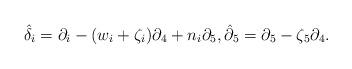
LaTeX: \begin{align*}\hat{{\delta }}_{i}=\partial _{i}-(w_{i}+\zeta _{i})\partial_{4}+n_{i}\partial _{5},\hat{{\partial }}_{5}=\partial _{5}-\zeta_{5}\partial _{4}. \end{align*}